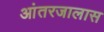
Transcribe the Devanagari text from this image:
आंतरजालास